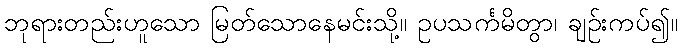
ဘုရားတည်းဟူသော မြတ်သောနေမင်းသို့။ ဥပသင်္ကမိတွာ၊ ချဉ်းကပ်၍။